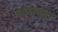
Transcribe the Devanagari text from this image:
अलखा